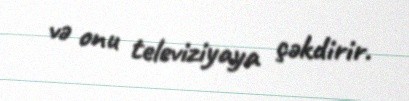
və onu televiziyaya çəkdirir.